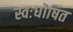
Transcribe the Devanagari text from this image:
स्वःघोषित